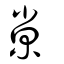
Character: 𡭴